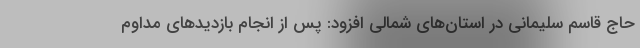
حاج قاسم سلیمانی در استان‌های شمالی افزود: پس از انجام بازدیدهای مداوم